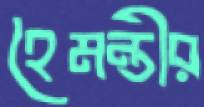
হৈমন্তীর